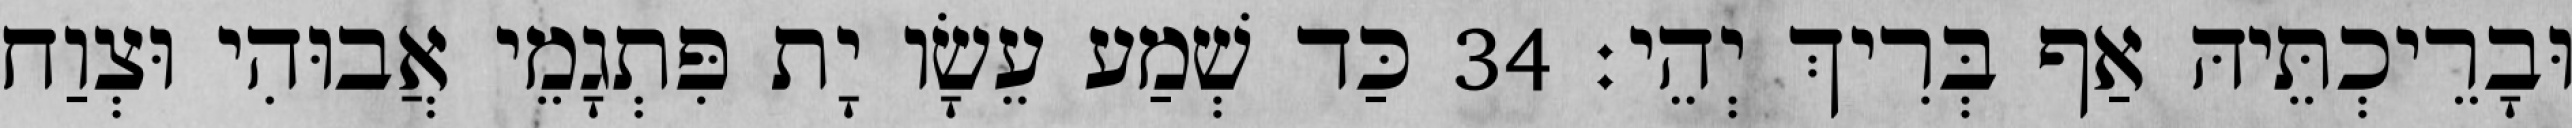
וּבָרֵיכְתֵּיהּ אַף בְּרִיךְ יְהֵי׃ 34 כַּד שְׁמַע עֵשָׂו יָת פִּתְגָמֵי אֲבוּהִי וּצְוַח